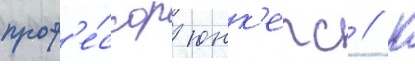
проф'е́ссор юнк'ерс // К